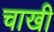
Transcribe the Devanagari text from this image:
चाखी